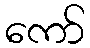
ကော်